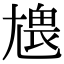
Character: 𡯹